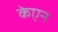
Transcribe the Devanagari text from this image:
केएन